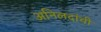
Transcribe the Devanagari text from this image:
अनिलदांची